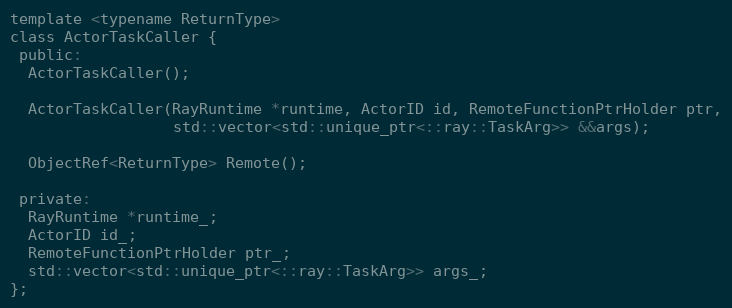
Language: C
template <typename ReturnType>
class ActorTaskCaller {
 public:
  ActorTaskCaller();

  ActorTaskCaller(RayRuntime *runtime, ActorID id, RemoteFunctionPtrHolder ptr,
                  std::vector<std::unique_ptr<::ray::TaskArg>> &&args);

  ObjectRef<ReturnType> Remote();

 private:
  RayRuntime *runtime_;
  ActorID id_;
  RemoteFunctionPtrHolder ptr_;
  std::vector<std::unique_ptr<::ray::TaskArg>> args_;
};